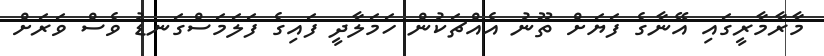
މާރާމާރީގައި އޭނާގެ ފަޔަށް ތޫނު އެއްޗަކުން ހަމަލާދީ ފައިގެ ފަލަމަސްގަނޑު ވެސް ވަރަށް